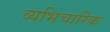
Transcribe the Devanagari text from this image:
व्यभिचारिक